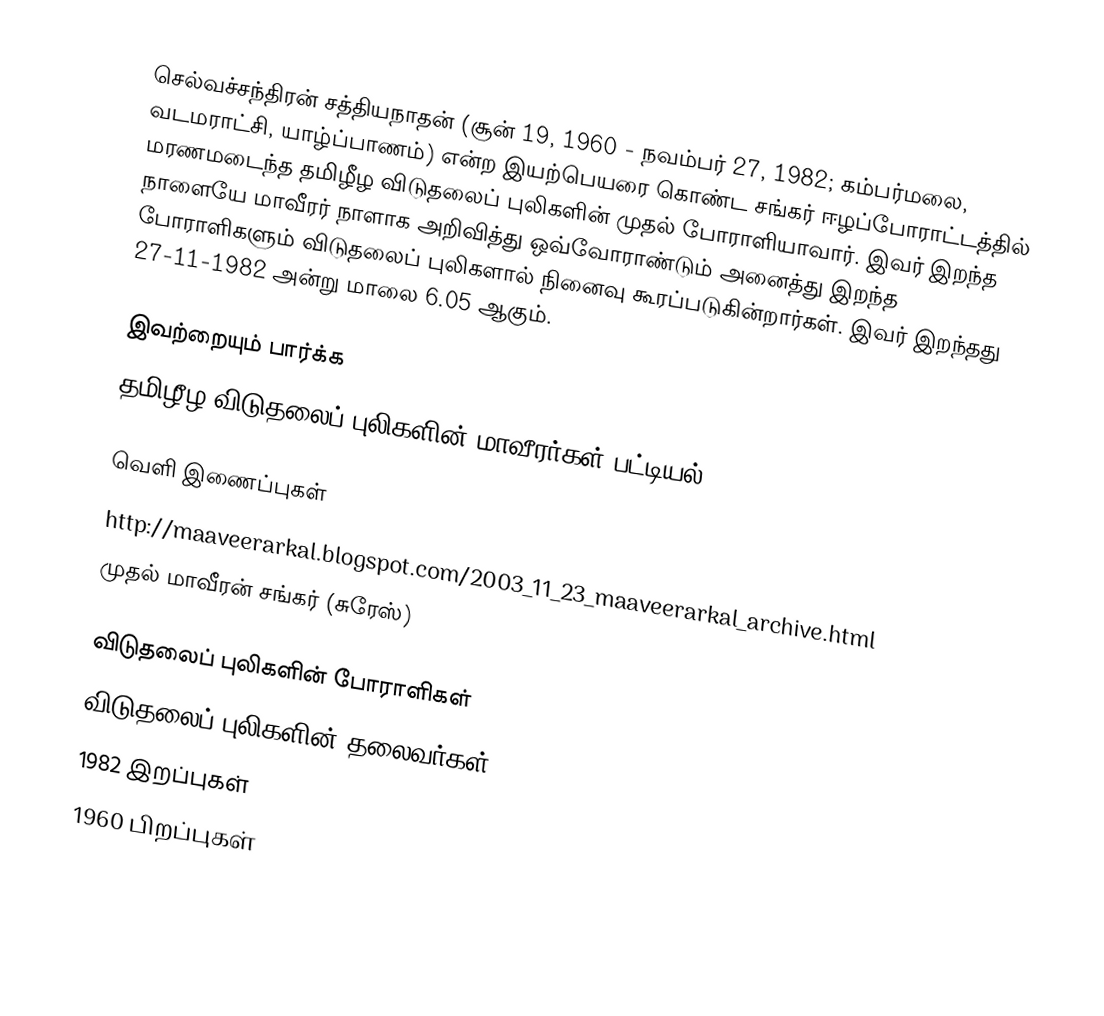
செல்வச்சந்திரன் சத்தியநாதன் (சூன் 19, 1960 - நவம்பர் 27, 1982; கம்பர்மலை, வடமராட்சி, யாழ்ப்பாணம்) என்ற இயற்பெயரை கொண்ட சங்கர் ஈழப்போராட்டத்தில் மரணமடைந்த தமிழீழ விடுதலைப் புலிகளின் முதல் போராளியாவார்.  இவர் இறந்த நாளையே மாவீரர் நாளாக அறிவித்து ஒவ்வோராண்டும் அனைத்து இறந்த போராளிகளும் விடுதலைப் புலிகளால் நினைவு கூரப்படுகின்றார்கள். இவர் இறந்தது 27-11-1982 அன்று மாலை 6.05 ஆகும்.

இவற்றையும் பார்க்க
 தமிழீழ விடுதலைப் புலிகளின் மாவீரர்கள் பட்டியல்

வெளி இணைப்புகள்
 http://maaveerarkal.blogspot.com/2003_11_23_maaveerarkal_archive.html
 முதல் மாவீரன் சங்கர் (சுரேஸ்)

விடுதலைப் புலிகளின் போராளிகள்
விடுதலைப் புலிகளின் தலைவர்கள்
1982 இறப்புகள்
1960 பிறப்புகள்